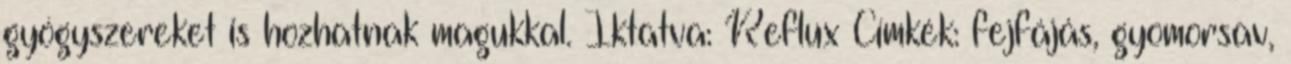
gyógyszereket is hozhatnak magukkal. Iktatva: Reflux Címkék: fejfájás, gyomorsav,